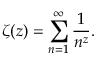
\zeta ( z ) = \sum _ { n = 1 } ^ { \infty } \frac { 1 } { n ^ { z } } .